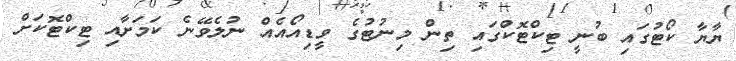
ޔާޔާ ކޯޓުގައި ބުނީ ޓިކްޓޮކްގައި ތިން މިނުޓުގެ ވީޑިއޯއެއް ނުލެވޭނެ ކަމަށާއި ޓިކްޓޮކަށް